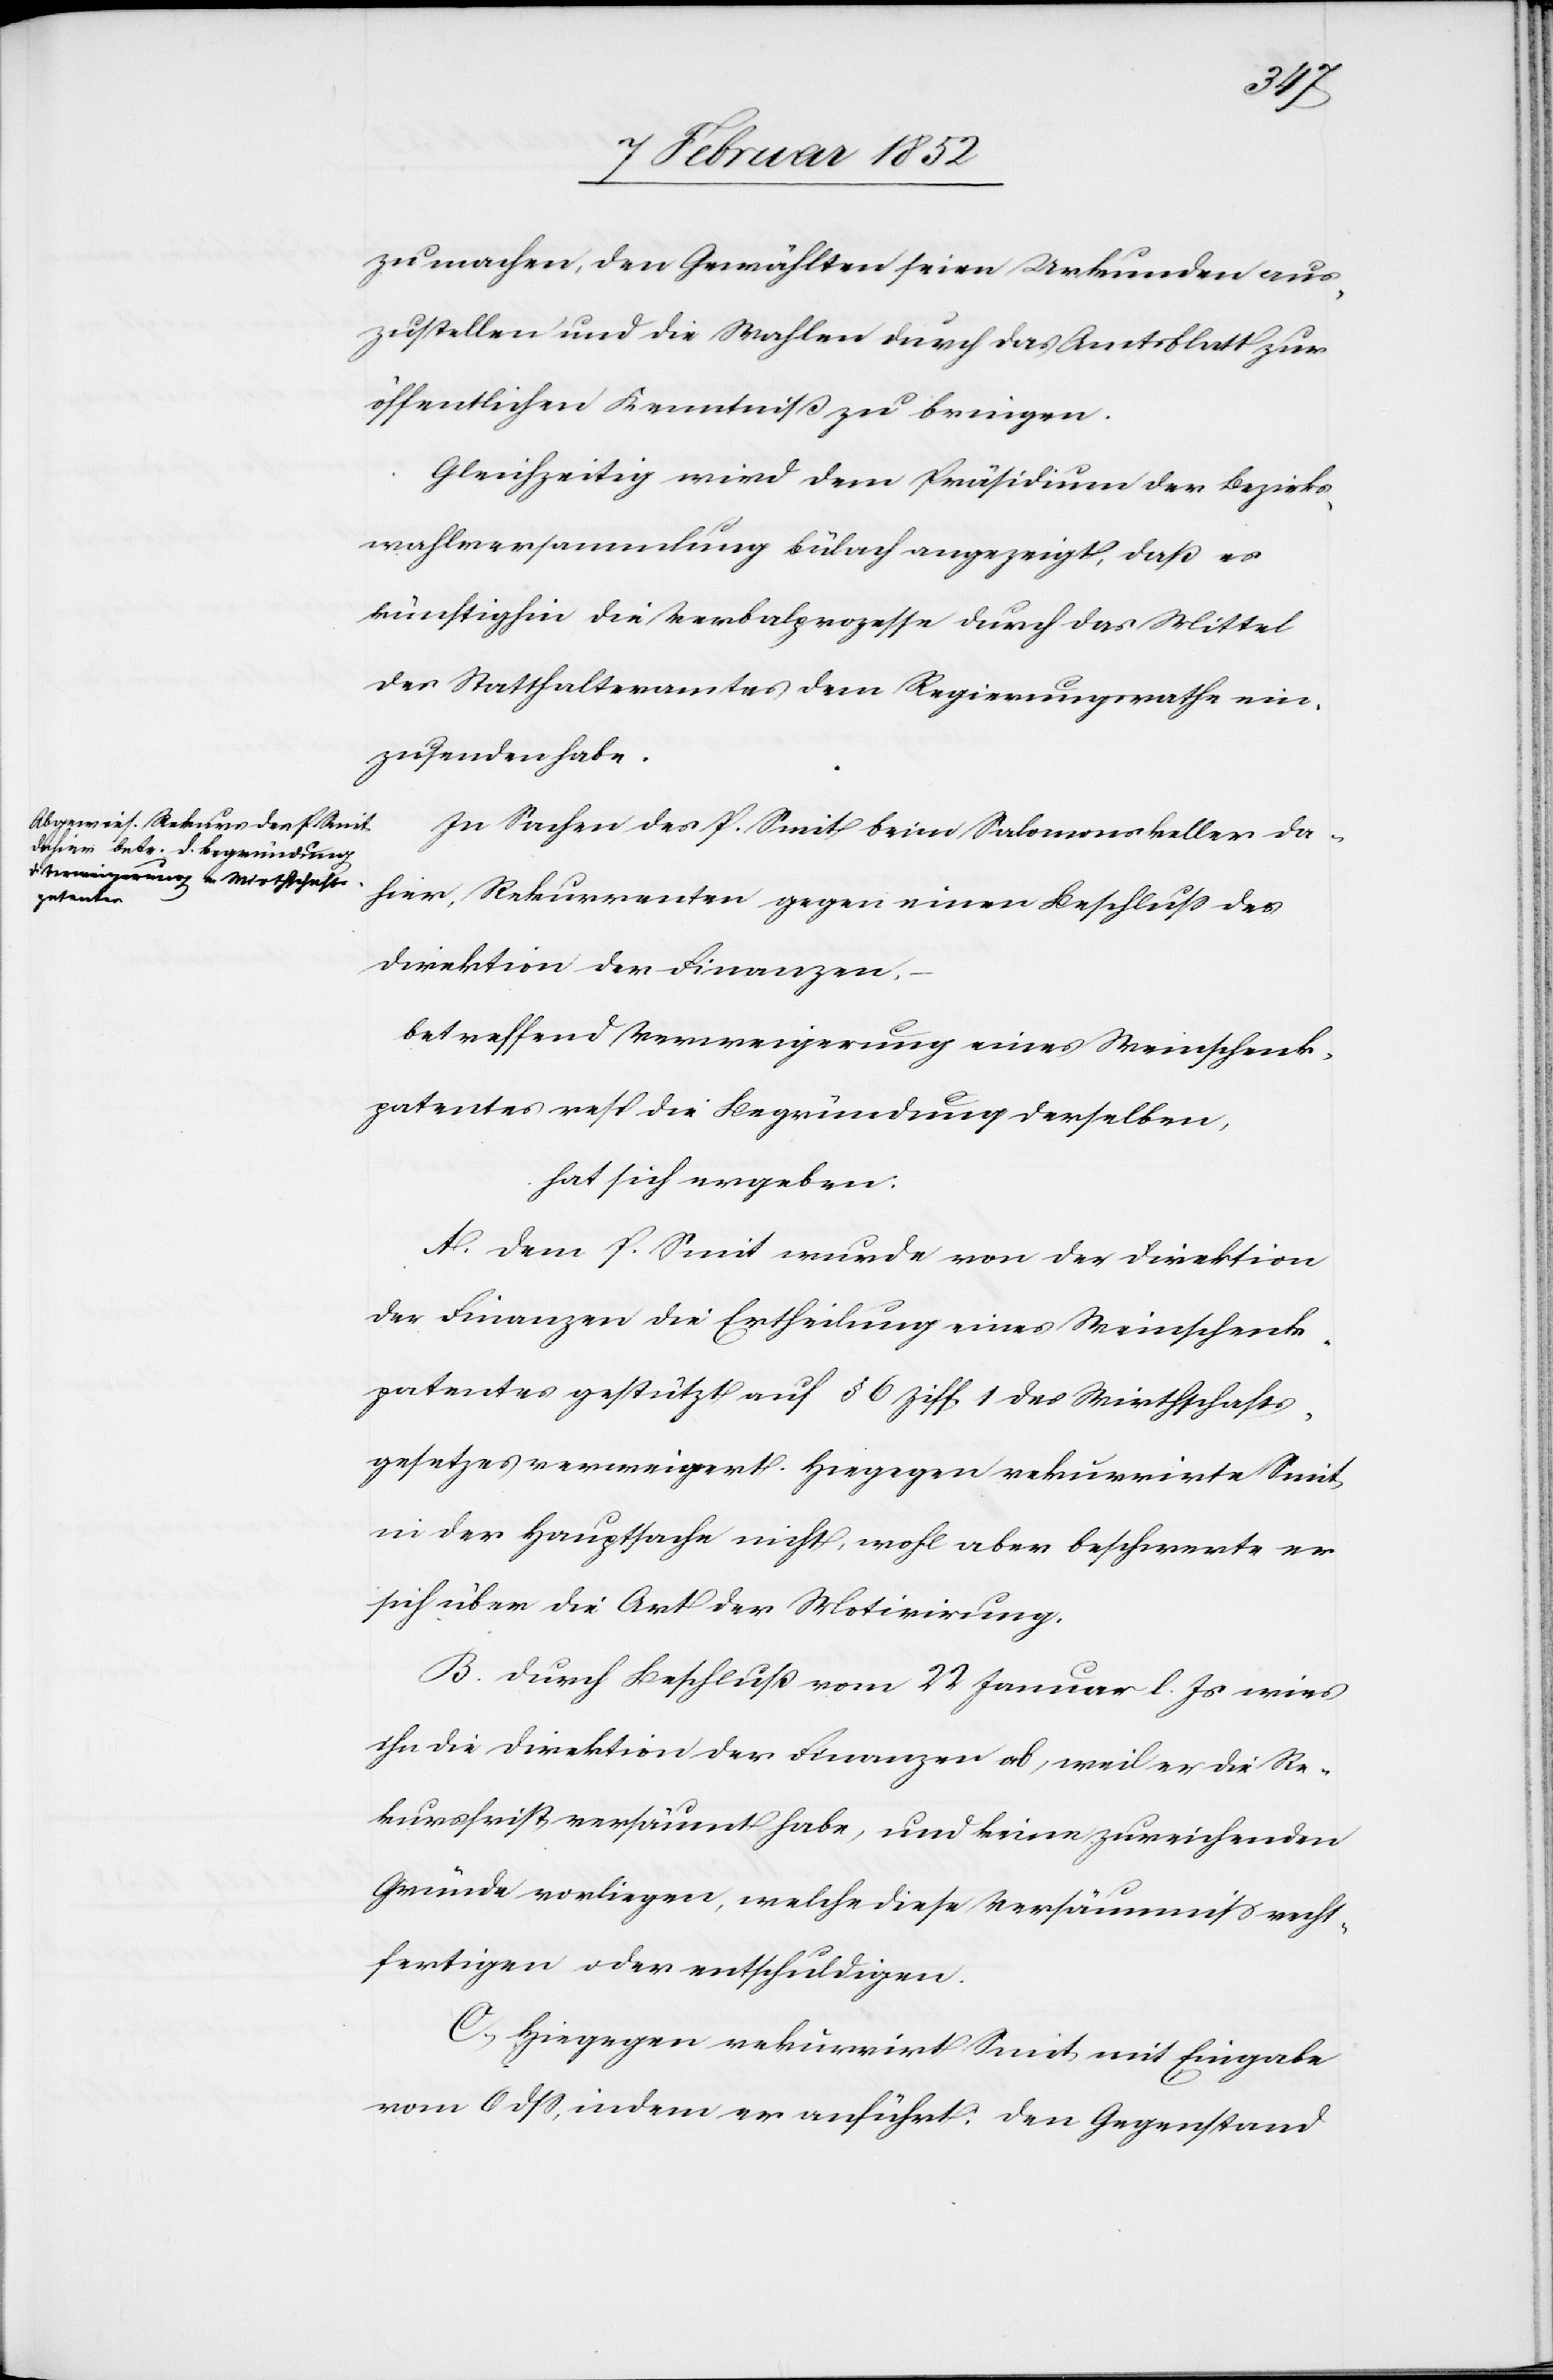
zu machen, den Gewählten seien Urkunden aus¬
zustellen und die Wahlen durch das Amtsblatt zur
öffentlichen Kenntniß zu bringen.
Gleichzeitig wird dem Präsidium der Bezirks¬
wahlversammlung Bülach angezeigt, daß es
künftighin die Verbalprozesse durch das Mittel
des Statthalteramtes dem Regierungsrathe ein¬
zusenden habe.
In Sachen des P. Smit beim Salomonskeller da¬
hier, Rekurrenten gegen einen Beschluß der
Direktion der Finanzen,
betreffend Verweigerung eines Weinschenk¬
patentes resp die Begründung derselben,
hat sich ergeben:
A. Dem P. Smit wurde von der Direktion
der Finanzen die Ertheilung eines Weinschenk¬
patentes gestützt auf § 6 Ziff 1 des Wirthschafts¬
gesetzes verweigert. Hiegegen rekurrirte Smit
in der Hauptsache nicht, wohl aber beschwerte er
sich über die Art der Motivirung.
B. Durch Beschluß vom 22 Januar l. Js wies
ihn die Direktion der Finanzen ab, weil er die Re¬
kursfrist versäumt habe, und keine zureichenden
Gründe vorliegen, welche diese Versäumniß recht¬
fertigen oder entschuldigen.
C. Hingegen rekurrirt Smit, mit Eingabe
vom 6 dß, indem er anführt, den Gegenstand